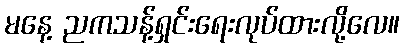
မနေ့ ညကသန့်ရှင်းရေးလုပ်ထားလို့လေ။